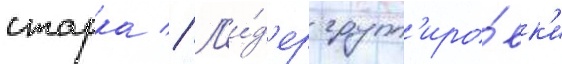
старка // Л'и́д'ер групп'иро́вк'и